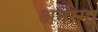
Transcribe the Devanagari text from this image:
अनंम्मा